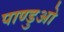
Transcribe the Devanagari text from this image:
पाण्डुओ